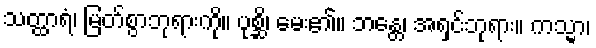
သတ္ထာရံ၊ မြတ်စွာဘုရားကို။ ပုစ္ဆိ၊ မေး၏။ ဘန္တေ၊ အရှင်ဘုရား။ ကသ္မာ၊